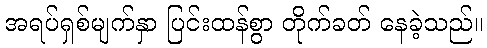
အရပ်ရှစ်မျက်နှာ ပြင်းထန်စွာ တိုက်ခတ် နေခဲ့သည်။